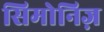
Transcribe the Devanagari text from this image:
सिमोनिज़